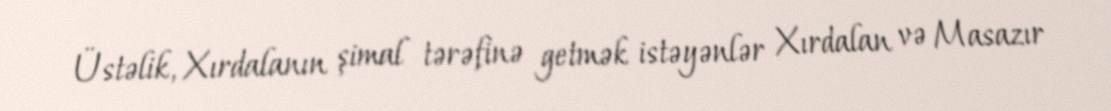
Üstəlik, Xırdalanın şimal tərəfinə getmək istəyənlər Xırdalan və Masazır